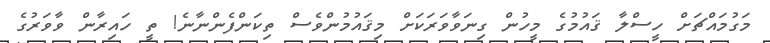
މަގުމައްޗަށް ހީސްލާ ޤައުމުގެ މީހުން ގިނަވާވަރަކަށް މިޤައުމުންވެސް ތިކަންފެންނާނެ! ތީ ހައިރާން ވާވަރުގެ